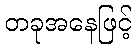
တခုအနေဖြင့်